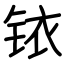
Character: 铱